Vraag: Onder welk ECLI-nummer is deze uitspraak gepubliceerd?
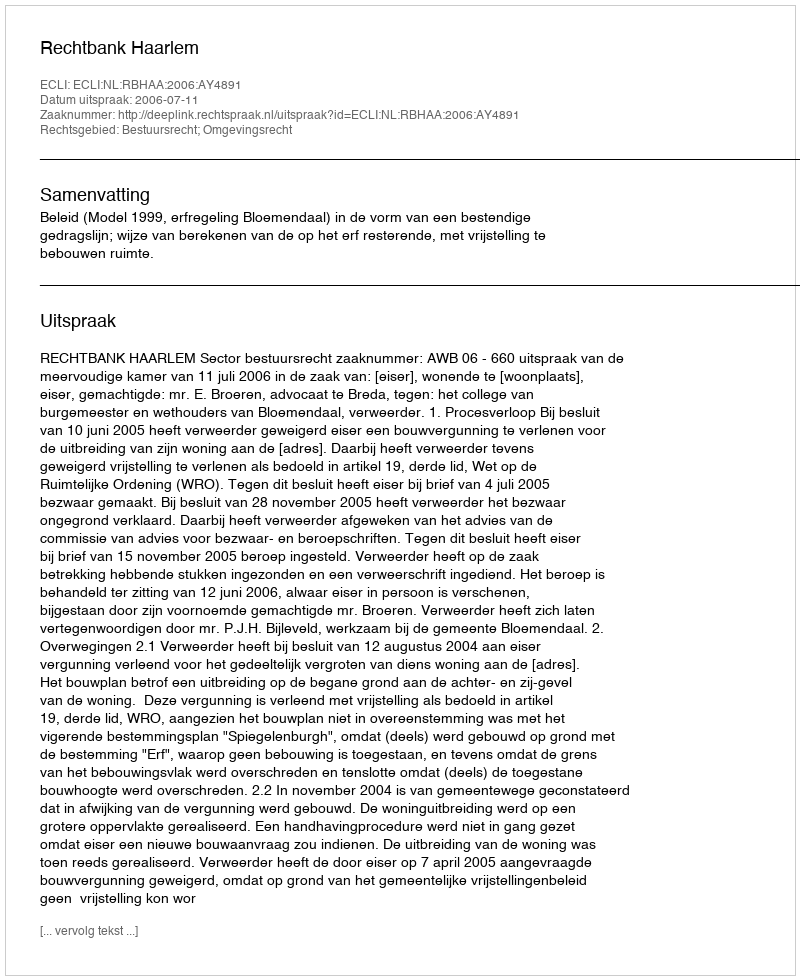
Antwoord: ECLI:NL:RBHAA:2006:AY4891